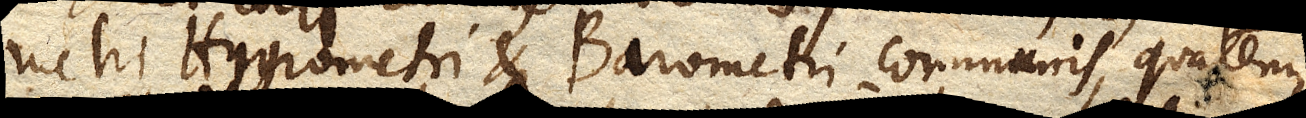
metri, Hygrometri et Barometri communis, quatenus